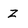
Character: Z